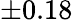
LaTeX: \pm 0.18